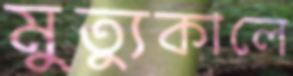
মুত্যুকালে